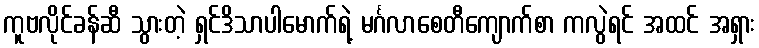
ကူဗလိုင်ခန်ဆီ သွားတဲ့ ရှင်ဒိသာပါမောက်ရဲ့ မင်္ဂလာစေတီကျောက်စာ ကလွဲရင် အထင် အရှား